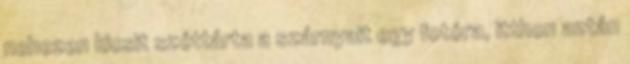
nehezen kicsit széttárta a szárnyait egy fotóra, itthon aztán